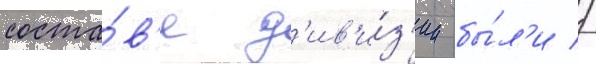
соста́в'е д'ив'и́з'ии бы́л'и //